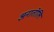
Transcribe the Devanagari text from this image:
अनातोलि